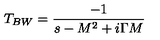
T _ { B W } = { \frac { - 1 } { s - M ^ { 2 } + i \Gamma M } }